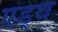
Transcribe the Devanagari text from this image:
एड्थ